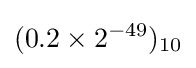
(0.2\times 2^{-49})_{10}